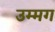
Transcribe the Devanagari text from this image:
उम्मग